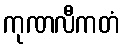
ကုဏလီကတံ